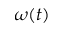
\omega ( t )